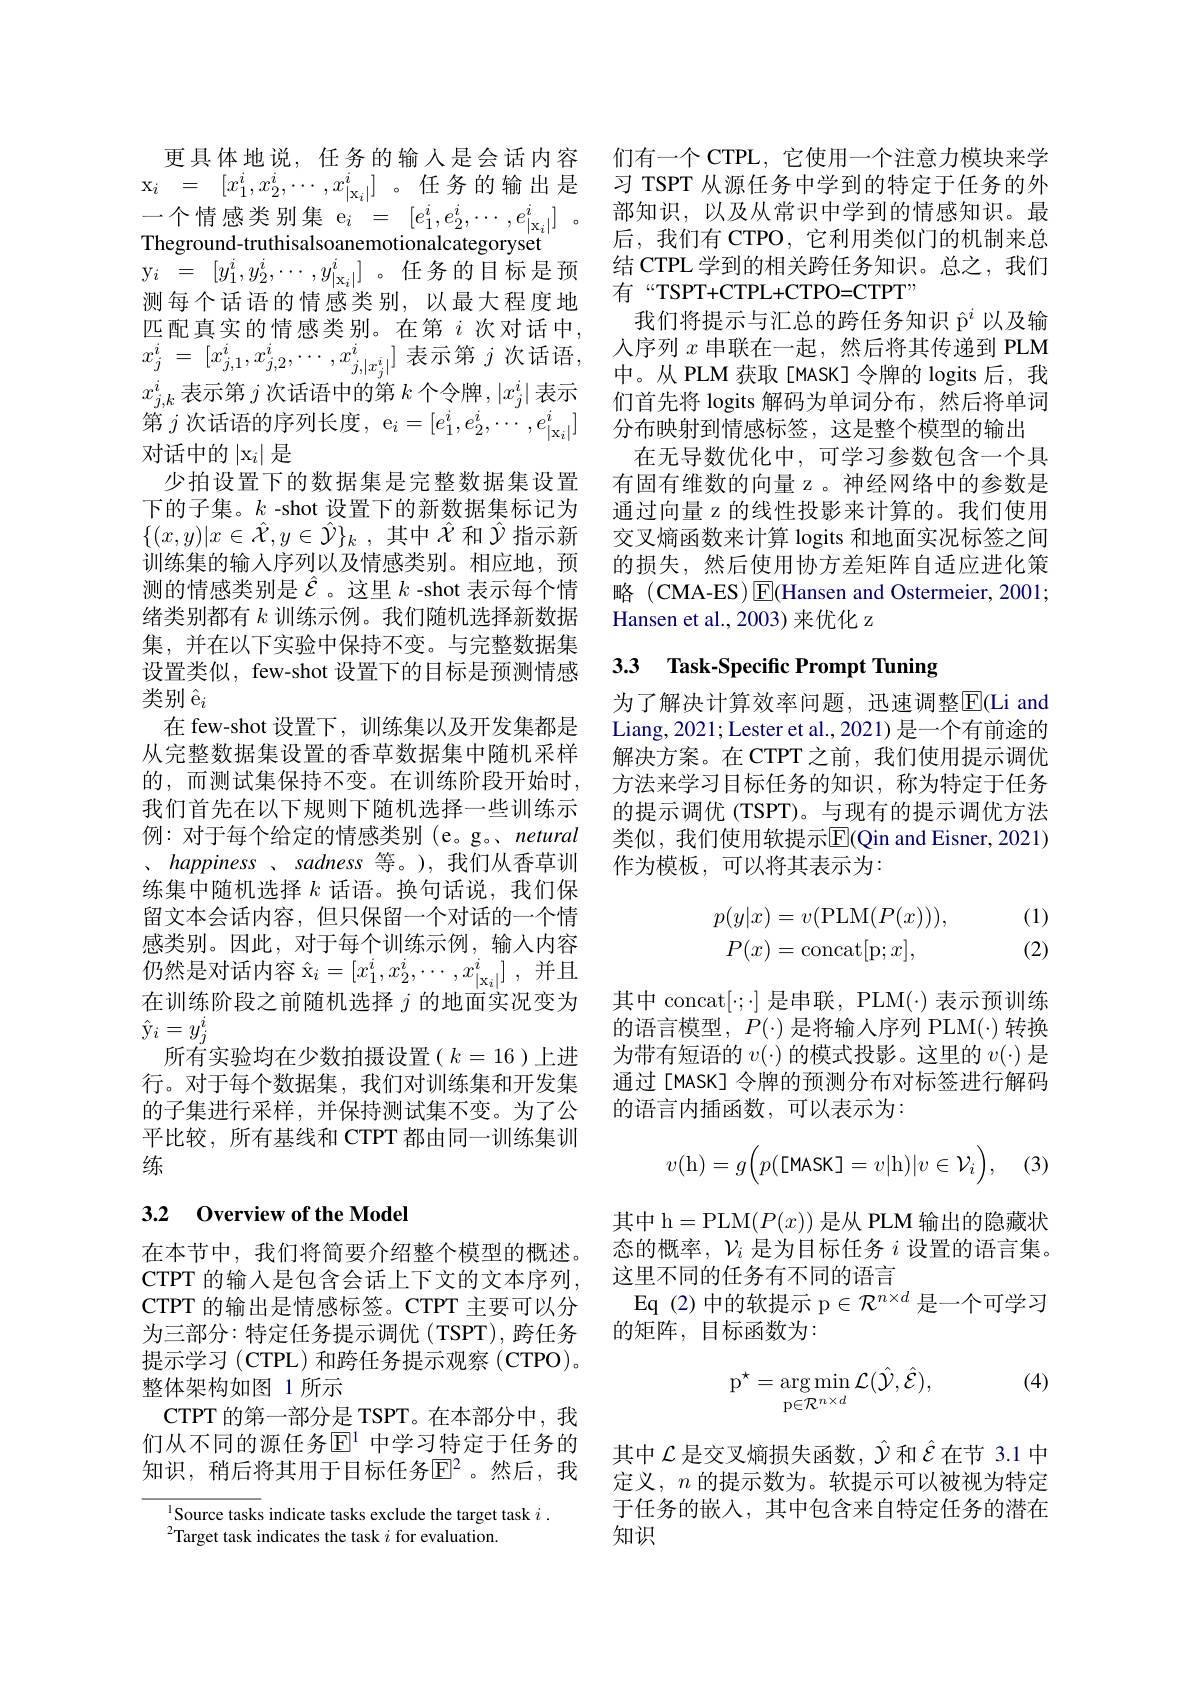
$\begin{array}{rcl}\mathrm{x_i}&=&[x_1^i,x_2^i,\end{array}$ 一个情感类别集 e$_i=[e_1^i,e_2^i,\cdots$,

$\begin{array}{rcl}\mathrm{y_{i}~=~[y_{1}^{i},y}\end{array}$

Theground-truthisalsoanemoti 测每个话语的情感类别，以最大程度地匹配真实的情感类别。在第$i$次对话中， $x_{j,k}^i$表示第$j$次话语中的第第 $j$ 次话语的序列长度，e$_i=[e_1$ 对话中的$\left|\mathrm{x}_i\right|$是
少拍设置下的数据集是完整数据集设置下的子集。$k$ -shot 设置下的新数据集标记为$\{ ( x, y) | x\in \hat{\mathcal{X} } , y\in \hat{\mathcal{Y} } \} _k$ ,其中$\hat{\mathcal{X}}$和$\hat{\mathcal{Y}}$指示新训练集的输入序列以及情感类别。相应地，预测的情感类别是$\hat{\mathcal{E}}$。这里 $k$ -shot 表示每个情绪类别都有$k$训练示例。我们随机选择新数据集，并在以下实验中保持不变。与完整数据集设置类似，few-shot 设置下的目标是预测情感类别$\hat{\mathrm{e}}_i$
在 few-shot 设置下，训练集以及开发集都是从完整数据集设置的香草数据集中随机采样的，而测试集保持不变。在训练阶段开始时， 我们首先在以下规则下随机选择一些训练示例：对于每个给定的情感类别(e。g。, netural happiness $. sadness$等。),我们从香草训练集中随机选择$k$话语。换句话说，我们保留文本会话内容，但只保留一个对话的一个情感类别。因此，对于每个训练示例，输入内容仍然是对话内容$\hat{\mathrm{x}}_i=[x_1^i,x_2$ 在训练阶段之前随机选择$j$的地面实况变为$\hat{\mathrm{y}}_i=y_j^i$
所有实验均在少数拍摄设置( $k=16$ )上进行。对于每个数据集，我们对训练集和开发集的子集进行采样，并保持测试集不变。为了公平比较，所有基线和 CTPT 都由同一训练集训练

## 3.2 Overview of the Model

在本节中，我们将简要介绍整个模型的概述。CTPT 的输出是情感标签。CTPT 主要可以分为三部分：特定任务提示调优(TSPT),跨任务提示学习 (CTPL) 和跨任务提示观察 (CTPO)。整体架构如图 1 所示
CTPT 的第一部分是 TSPT。在本部分中，我们从不同的源任务$\mathbb{E}^1$ 中学习特定于任务的知识，稍后将其用于目标任务$\mathbb{E}^2$。然后，我

Source tasks indicate tasks exclude the target task $i.$
$^{2}$Target task indicates the task $i$ for evaluation.

更具体地说，任务的输入是会话内容 们有一个CTPL，它使用一个注意力模块来学
后，我们有 CTPO, 它利用类似门的机制来总
有“TSPT+CTPL+CTPO=CTPT”
我们将提示与汇总的跨任务知识$\hat{\mathfrak{p}}^i$以及输
$x_{j}^{i}= [ x_{j, 1}^{i}, x_{j, 2}^{i}, \cdots , x_{j, | x_{j}^{i}| }]$ 表 示 第 $j$ 次 话 语 ,人 序 列 $x$ 串 联 在 一 起 , 然 后 将 其 传 递 到 PLM 中 。从 PLM 获 取 [ MASK] 令 牌 的 logits 后 , 我
们首先将 logits 解码为单词分布，然后将单词分布映射到情感标签，这是整个模型的输出在无导数优化中，可学习参数包含一个具有固有维数的向量 z 。神经网络中的参数是通过向量 z 的线性投影来计算的。我们使用交叉熵函数来计算 logits 和地面实况标签之间的损失，然后使用协方差矩阵自适应进化策略 (CMA-ES) E(Hansen and Oste Hansen et al., 2003) 来优化 z

### 3.3 Task-Specific Prompt T

为了解决计算效率问题，迅速调整$\overline{\mathrm{E}}($Li and Liang, 2021; Lester et al., 解决方案。在 CTPT 之前，我们使用提示调优方法来学习目标任务的知识，称为特定于任务的提示调优 (TSPT)。与现有的提示调优方法类似，我们使用软提示$\operatorname{E}($Qin and Eis 作为模板，可以将其表示为：
$$\begin{aligned}p(y|x)&=v(\mathrm{PLM}(P(x))),\\P(x)&=\mathrm{concat}[\mathrm{p};x],\end{aligned}$$
(1) (2)

其中 concat[\cdot;\cdot] 是串联，PLM(\cdot) 表的语言模型，$P(\cdot)$是将输入序列 PLM(·)转换为带有短语的$v(\cdot)$的模式投影。这里的$v(\cdot$ 通过[MASK] 令牌的预测分布对标签进行解码的语言内插函数，可以表示为：
$$v(\mathrm{h})=g\Big(p(\text{[MASK]}=v|\mathrm{h})|v\in\mathcal{V}_i\Big),$$
(3)

其中 h=PLM$(P(x))$是从 PLM 输出的隐藏状态的概率，$\mathcal{V}_i$是为目标任务$i$设置的语言集。
CTPT 的输入是包含会话上下文的文本序列，这里不同的任务有不同的语言
Eq(2)中的软提示 p$\in\mathcal{R}^n\times d$是一个可学习
的矩阵，目标函数为：

(4)
$$\mathrm{p}^{\star}=\underset{{\mathrm{p}\in\mathcal{R}^{n\times d}}}{\arg\min}\mathcal{L}(\hat{\mathcal{Y}},\hat{\mathcal{E}}),$$
其中$\mathcal{L}$是交叉熵损失函数，$\hat{\mathcal{Y}}$和$\hat{\mathcal{E}}$在节 3.1 中定义，$n$的提示数为。软提示可以被视为特定于任务的嵌入，其中包含来自特定任务的潜在知识